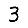
Digit: 3